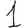
Digit: 1